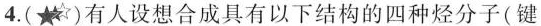
4.(★)有人设想合成具有以下结构的四种烃分子(键线式如图所示)，下列有关说法错误的是